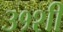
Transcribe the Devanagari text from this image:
३१शी